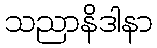
သညာနိဒါနာ